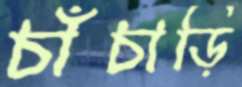
চাঁচাড়ি